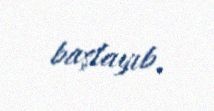
başlayıb.